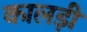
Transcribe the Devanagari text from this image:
कालड़ी